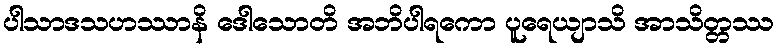
ပါသာဒသဟဿာနိ ဒေါသောတိ အဘိပါရကော ပူရေယျာသိ အာသိတ္တဿ